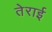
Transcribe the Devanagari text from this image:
तेराई